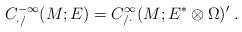
LaTeX: \begin{align*}C^{-\infty}_{{\cdot}/}(M;E)=C^\infty_{/{\cdot}}(M;E^*\otimes\Omega)'\;.\end{align*}